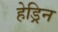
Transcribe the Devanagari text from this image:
हेड्रिन